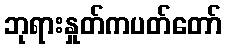
ဘုရားနှုတ်ကပတ်တော်